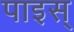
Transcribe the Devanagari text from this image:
पाइस्